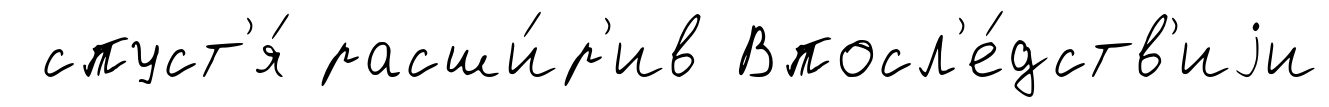
спуст'я́ расши́р'ив Впосл'е́дств'иjи